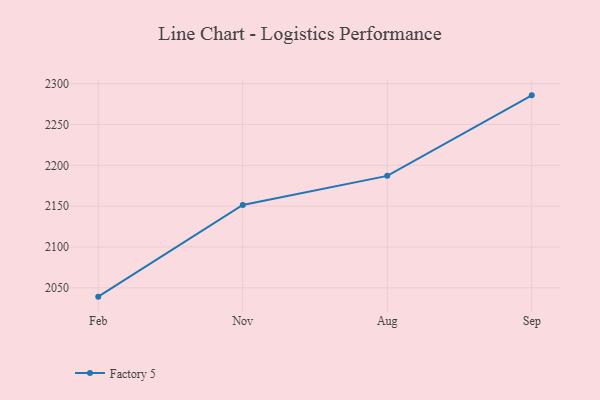
{"axis": {"x": "Month", "y": "Headcount"}, "legend": ["Factory 5"], "data": [{"x": "Feb", "y": 2039.2, "type": "Factory 5"}, {"x": "Nov", "y": 2151.5, "type": "Factory 5"}, {"x": "Aug", "y": 2187.1, "type": "Factory 5"}, {"x": "Sep", "y": 2285.7, "type": "Factory 5"}]}